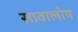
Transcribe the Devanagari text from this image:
सावालोय